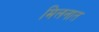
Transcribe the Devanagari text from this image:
मिलनात